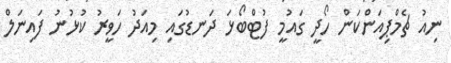
ނިއު ޗެމްޕިއަންކަން ހޯދީ ގައުމީ ފުޓްބޯޅަ ދަނޑުގައި މިއަދު ހަވީރު ކުޅުނު ފައިނަލް